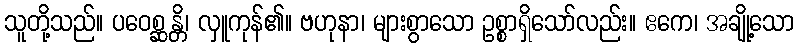
သူတို့သည်။ ပဝေစ္ဆန္တိ၊ လှူကုန်၏။ ဗဟုနာ၊ များစွာသော ဥစ္စာရှိသော်လည်း။ ဧကေ၊ အချို့သော